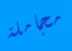
مجاملة